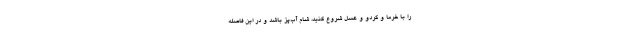
را با خرما و گردو و عسل شروع کنید، شام آب‌پز باشد و در این فاصله